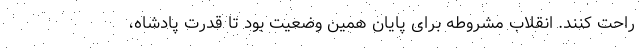
راحت کنند. انقلاب مشروطه برای پایان همین وضعیت بود تا قدرت پادشاه،